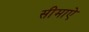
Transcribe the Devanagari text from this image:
सीमाऐ